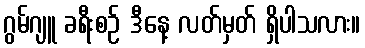
ဂွမ်ဂျူ ခရီးစဉ် ဒီနေ့ လတ်မှတ် ရှိပါသလား။